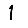
Digit: 1